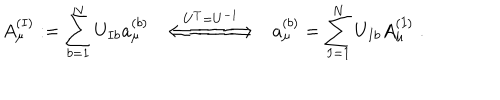
A _ { \mu } ^ { ( I ) } : = \sum _ { b = 1 } ^ { N } U _ { I b } a _ { \mu } ^ { ( b ) } \; \; \stackrel { U ^ { T } = U ^ { - 1 } } { \Longleftarrow \! \! = \! \! = \! \! = \! \! = \! \! = \! \! \! \Longrightarrow } \; \; a _ { \mu } ^ { ( b ) } = \sum _ { I = 1 } ^ { N } U _ { I b } A _ { \mu } ^ { ( I ) } \; .